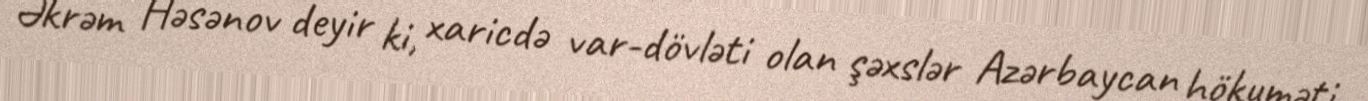
Əkrəm Həsənov deyir ki, xaricdə var-dövləti olan şəxslər Azərbaycan hökuməti